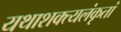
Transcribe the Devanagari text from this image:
यथाशक्त्यलंकृतां